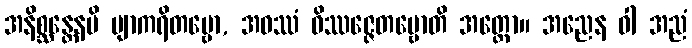
အနိစ္ဆန္တေနပိ ဗျာကရိတဗ္ဗော, အဝဿံ ဝိဿဇ္ဇေတဗ္ဗောတိ အတ္ထော။ အညေန ဝါ အညံ